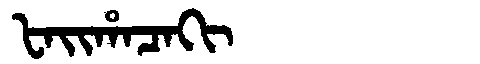
Manchu: ᡶᠠᡳᡥᠠᠴᠠᡴᡳ
Romanization: FAIHACAKI